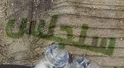
سنجلس